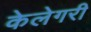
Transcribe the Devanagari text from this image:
केलेगरी